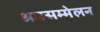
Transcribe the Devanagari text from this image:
श्रमसम्मेलन